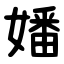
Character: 嬏